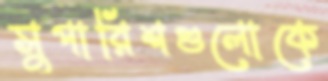
সুপারিশগুলোকে